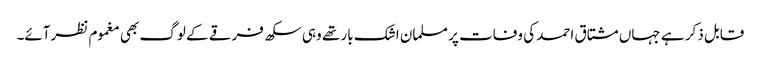
قابل ذکر ہے جہاں مشتاق احمد کی وفات پر مسلمان اشک بار تھے وہی سکھ فرقے کے لوگ بھی مغموم نظرآئے۔